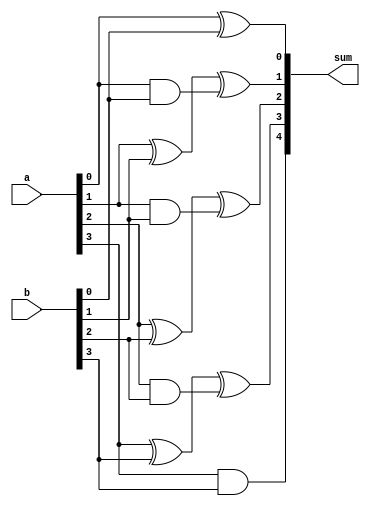
`define default_netname none

module fourbit_adder(
    input [3:0] a,
    input [3:0] b,
    output [4:0] sum
);

reg [4:0] sum_intermediate;

always @* begin
    sum_intermediate[0] = a[0] ^ b[0];
    sum_intermediate[1] = a[1] ^ b[1] ^ (a[0] & b[0]);
    sum_intermediate[2] = a[2] ^ b[2] ^ (a[1] & b[1]);
    sum_intermediate[3] = a[3] ^ b[3] ^ (a[2] & b[2]);
    sum_intermediate[4] = (a[3] & b[3]);
end


	assign sum = sum_intermediate;
endmodule